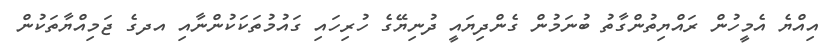
އިއްޔެ އެމީހުން ރައްޔިތުންގާތު ބުނަމުން ގެންދިޔައީ ދުނިޔޭގެ ހުރިހައި ގައުމުތަކަކުންނާއި އދގެ ޖަމިއްޔާތަކުން